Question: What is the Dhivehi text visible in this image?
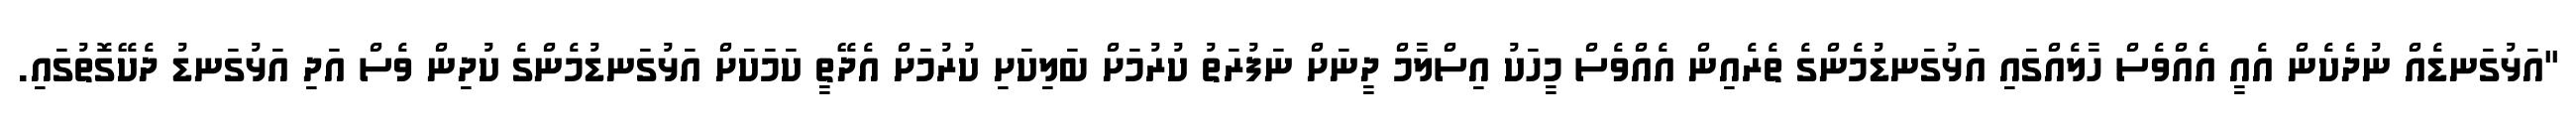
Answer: "އަޅުގަނޑެއް ނުދެކެން އެއީ އެއްވެސް ހާލެއްގައި އަޅުގަނޑުމެންގެ ތެރެއިން އެއްވެސް މީހަކު އިސްލާމް ދީނަށް ނަފުރަތު ކުރުމަށް ބަލިކަށި ކުރުމަށް އެދޭތީ ކަމަކަށް އަޅުގަނޑުމެންގެ ކުދިން ވެސް އަދި އަޅުގަނޑު ދެކޭގޮތުގައި.